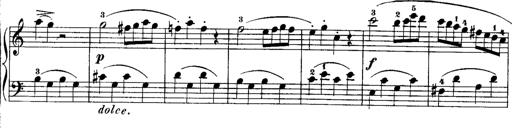
Title: Rondos and Sonatinas for Pianoforte
Composer: Daniel Steibelt